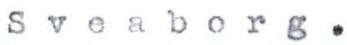
Sveaborg.